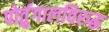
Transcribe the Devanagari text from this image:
पोर्तुगालविरुद्ध